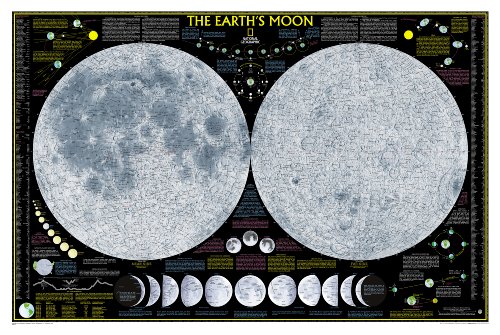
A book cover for Earth's Moon [Tubed] (National Geographic Reference Map); National Geographic Maps - Reference; Reference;